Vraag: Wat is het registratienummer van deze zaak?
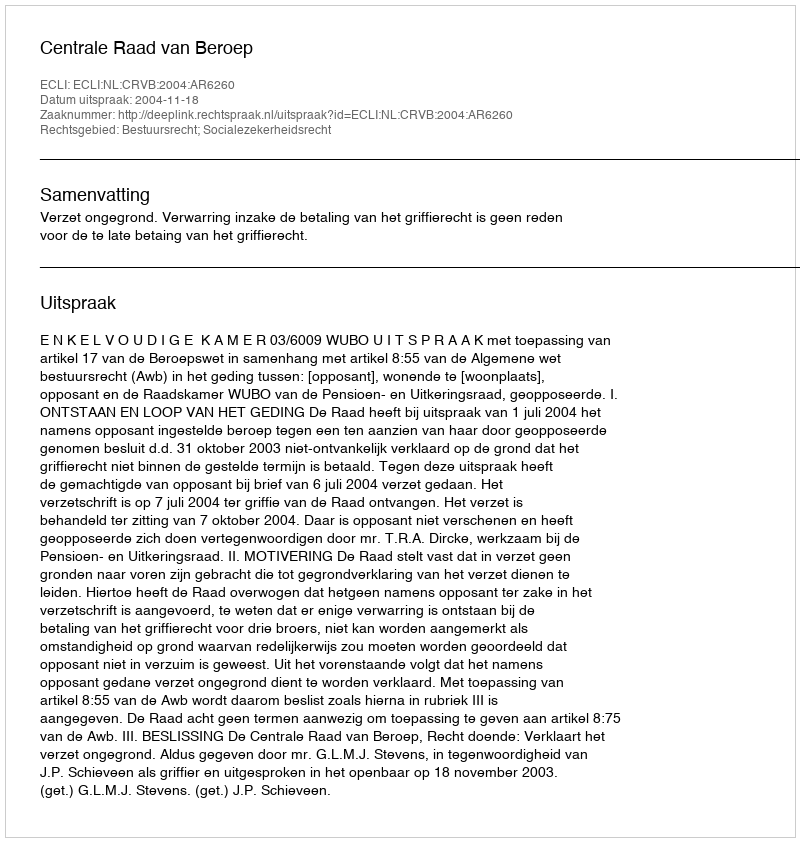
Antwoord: http://deeplink.rechtspraak.nl/uitspraak?id=ECLI:NL:CRVB:2004:AR6260